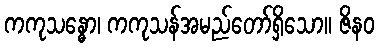
ကကုသန္ဓော၊ ကကုသန်အမည်တော်ရှိသော။ ဇိနဝ